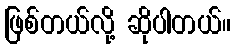
ဖြစ်တယ်လို့ ဆိုပါတယ်။